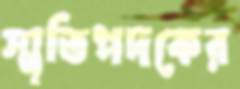
স্মৃতিপদকের